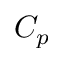
C _ { p }